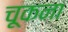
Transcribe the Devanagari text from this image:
चूकना